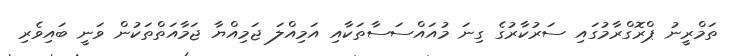
ތަމްރީނު ޕްރޮގްރާމުގައި ސަރުކާރުގެ ގިނަ މުއައްސަސާތަކާއި އަމިއްލަ ޖަމިއްޔާ ޖަމާއަތްތަކުން ވަނީ ބައިވެރި